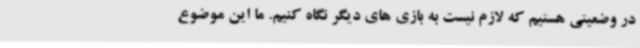
در وضعیتی هستیم که لازم نیست به بازی های دیگر نگاه کنیم. ما این موضوع